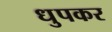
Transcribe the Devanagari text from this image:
धुपकर